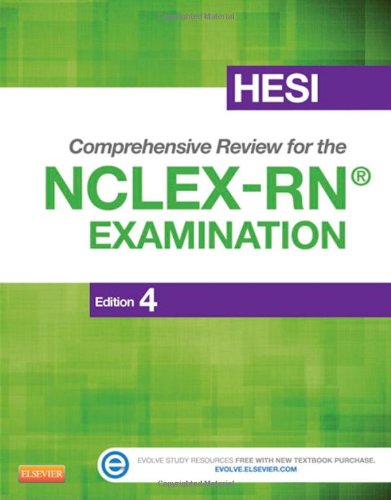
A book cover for HESI Comprehensive Review for the NCLEX-RN Examination, 4e; HESI; Test Preparation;